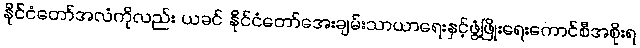
နိုင်ငံတော်အလံကိုလည်း ယခင် နိုင်ငံတော်အေးချမ်းသာယာရေးနှင့်ဖွံ့ဖြိုးရေးကောင်စီအစိုးရ